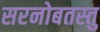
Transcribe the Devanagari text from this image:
सरनोबतस्तु